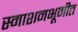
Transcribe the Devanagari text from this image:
स्माशनभूमीत